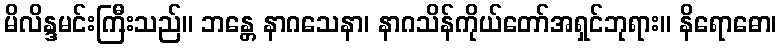
မိလိန္ဒမင်းကြီးသည်။ ဘန္တေ နာဂသေနာ၊ နာဂသိန်ကိုယ်တော်အရှင်ဘုရား။ နိရောဓော၊